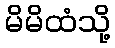
မိမိထံသို့